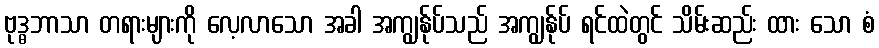
ဗုဒ္ဓဘာသာ တရားများကို လေ့လာသော အခါ အကျွန်ုပ်သည် အကျွန်ုပ် ရင်ထဲတွင် သိမ်းဆည်း ထား သော စံ